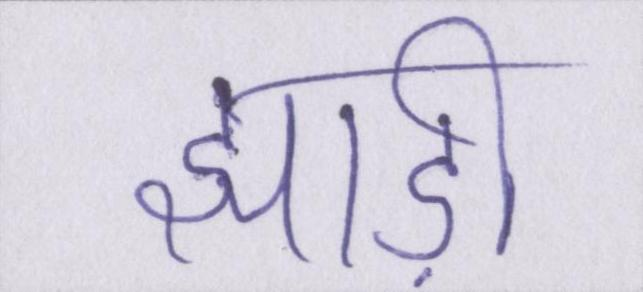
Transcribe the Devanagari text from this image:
झाड़ी